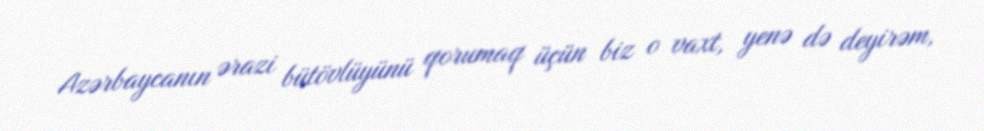
Azərbaycanın ərazi bütövlüyünü qorumaq üçün biz o vaxt, yenə də deyirəm,